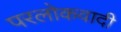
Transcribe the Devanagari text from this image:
परलोकवादी